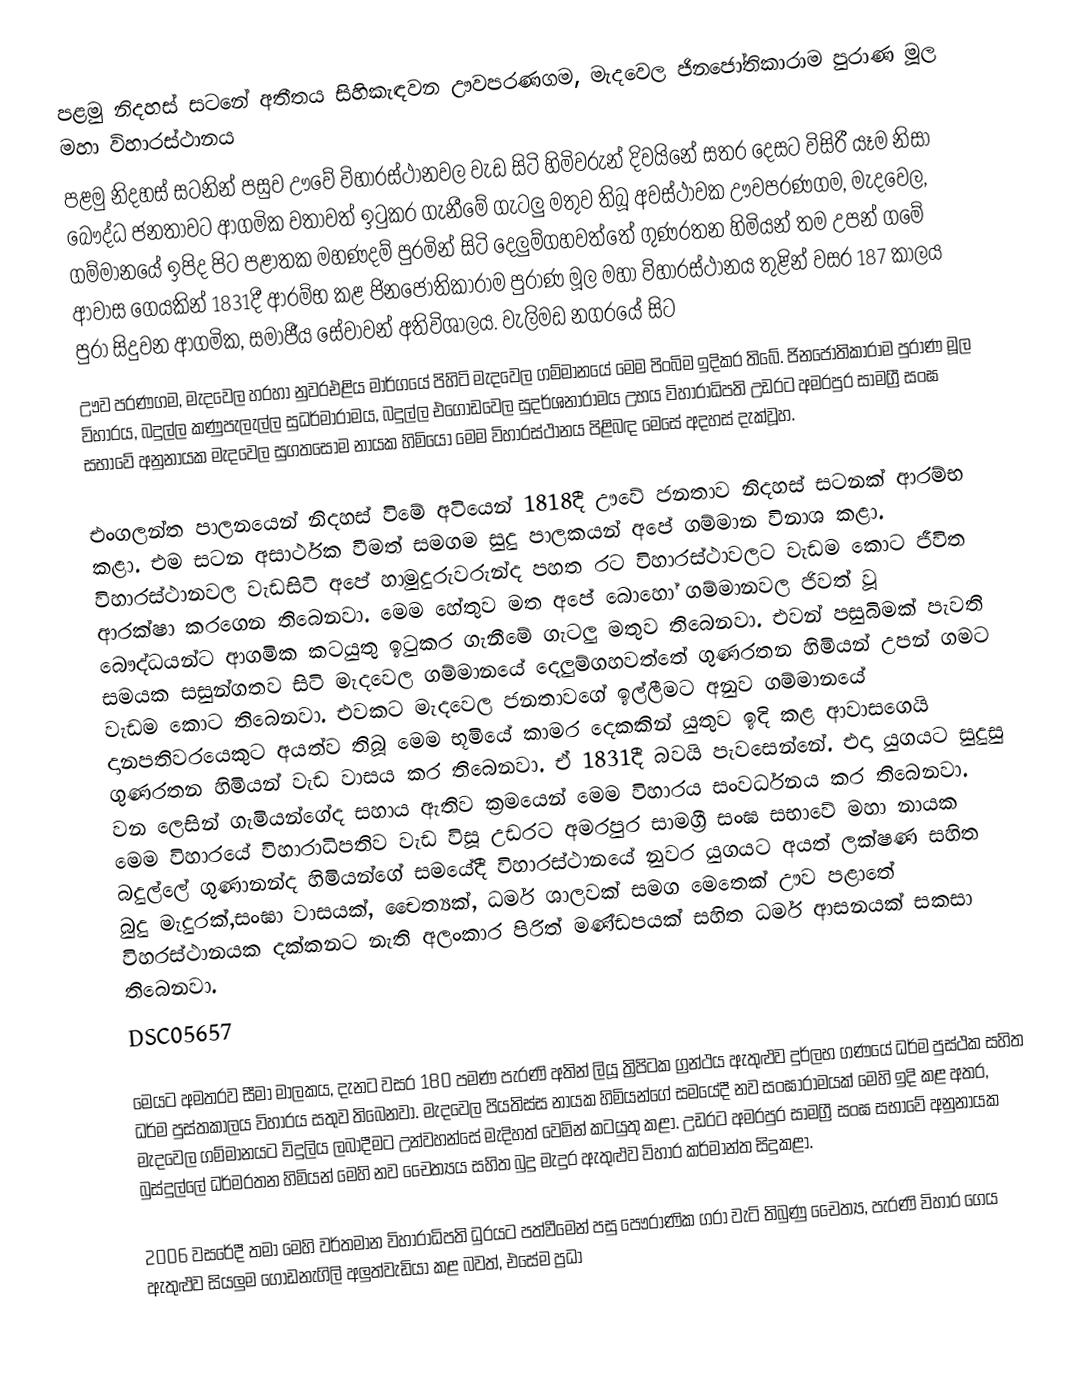
පළමු නිදහස් සටනේ අතීතය සිහිකැඳවන ඌවපරණගම, මැදවෙල ජිනජෝතිකාරාම පුරාණ මූල මහා විහාරස්ථානය
පළමු නිදහස් සටනින් පසුව ඌවේ විහාරස්ථානවල වැඩ සිටි හිමිවරුන් දිවයිනේ සතර දෙසට විසිරී යෑම නිසා බෞද්ධ ජනතාවට ආගමික වතාවත් ඉටුකර ගැනීමේ ගැටලු මතුව තිබූ අවස්ථාවක ඌවපරණගම, මැදවෙල, ගම්මානයේ ඉපිද පිට පළාතක මහණදම් පුරමින් සිටි දෙලුම්ගහවත්තේ ගුණරතන හිමියන් තම උපන් ගමේ ආවාස ගෙයකින් 1831දී ආරම්භ කළ ජිනජෝතිකාරාම පුරාණ මූල මහා විහාරස්ථානය තුළින් වසර 187 කාලය පුරා සිදුවන ආගමික, සමාජීය සේවාවන් අතිවිශාලය. වැලිමඩ නගරයේ සිට
ඌව පරණගම, මැදවෙල හරහා නුවරඑළිය මාර්ගයේ  පිහිටි මැදවෙල ගම්මානයේ මෙම පිංබිම ඉදිකර තිබේ. ජිනජෝතිකාරාම පුරාණ මූල විහාරය, බදුල්ල කණුපැලැල්ල සුධර්මාරාමය, බදුල්ල එගොඩවෙල සුදර්ශනාරාමය උභය විහාරාධිපති උඩරට අමරපුර සාමග්‍රී සංඝ සභාවේ අනුනායක මැදවෙල සුගතසෝම  නායක හිමියෝ මෙම විහාරස්ථානය පිළිබඳ මෙසේ අදහස් දැක්වූහ.

එංගලන්ත පාලනයෙන් නිදහස් විමේ අටියෙන් 1818දී ඌවේ ජනතාව නිදහස් සටනක් ආරම්භ කළා. එම සටන අසාර්ථක වීමත් සමගම සුදු පාලකයන් අපේ ගම්මාන විනාශ කළා. විහාරස්ථානවල වැඩසිටි අපේ හාමුදුරුවරුන්ද පහත රට විහාරස්ථාවලට වැඩම කොට ජීවිත ආරක්ෂා කරගෙන තිබෙනවා. මෙම හේතුව මත අපේ බොහෝ ගම්මානවල ජිවත් වූ බෞද්ධයන්ට ආගමික කටයුතු ඉටුකර ගැනීමේ ගැටලු මතුව තිබෙනවා. එවන් පසුබිමක් පැවති සමයක සසුන්ගතව සිටි මැදවෙල ගම්මානයේ දෙලුම්ගහවත්තේ ගුණරතන හිමියන් උපන් ගමට වැඩම කොට තිබෙනවා. එවකට මැදවෙල ජනතාවගේ ඉල්ලීමට අනුව ගම්මානයේ දානපතිවරයෙකුට අයත්ව තිබූ මෙම භූමියේ කාමර දෙකකින් යුතුව ඉදි කළ ආවාසගෙයි ගුණරතන හිමියන් වැඩ වාසය කර තිබෙනවා. ඒ 1831දී බවයි පැවසෙන්නේ. එදා යුගයට සුදුසු වන ලෙසින් ගැමියන්ගේද සහාය ඇතිව ක්‍රමයෙන් මෙම විහාරය සංවර්ධනය කර තිබෙනවා. මෙම  විහාරයේ  විහාරාධිපතිව වැඩ විසූ උඩරට අමරපුර සාමග්‍රී සංඝ සභාවේ මහා නායක බදුල්ලේ ගුණානන්ද හිමියන්ගේ සමයේදී විහාරස්ථානයේ නුවර යුගයට අයත් ලක්ෂණ සහිත බුදු මැදුරක්,සංඝා වාසයක්, චෛත්‍යක්, ධර්ම ශාලවක් සමග මෙතෙක් ඌව පළාතේ විහරස්ථානයක දක්කනට නැති අලංකාර පිරිත් මණ්ඩපයක් සහිත ධර්ම ආසනයක්  සකසා තිබෙනවා.
DSC05657

මෙයට අමතරව සීමා මාලකය, දැනට වසර 180 පමණ පැරණි අතින් ලියූ ත්‍රිපිටක ග්‍රන්ථය ඇතුළුව දුර්ලභ ගණයේ ධර්ම පුස්ථක සහිත ධර්ම පුස්තකාලය විහාරය සතුව තිබෙනවා. මැදවෙල පියතිස්ස නායක හිමියන්ගේ සමයේදී නව සංඝාරාමයක් මෙහි ඉදි කළ අතර, මැදවෙල ගම්මානයට විදුලිය ලබාදීමට උන්වහන්සේ මැදිහත් වෙමින් කටයුතු කළා. උඩරට අමරපුර සාමග්‍රී සංඝ සභාවේ අනුනායක බුස්දුල්ලේ ධර්මරතන හිමියන් මෙහි නව චෛත්‍යය සහිත බුදු මැදුර ඇතුළුව විහාර කර්මාන්ත සිදුකළා.

2006 වසරේදී තමා මෙහි වර්තමාන විහාරාධිපති ධුරයට පත්වීමෙන් පසු පෞරාණික ගරා වැටි තිබුණු චෛත්‍ය, පැරණි විහාර ගෙය ඇතුළුව සියලුම ගොඩනැගිලි අලුත්වැඩියා කළ බවත්, එසේම ප්‍රධා